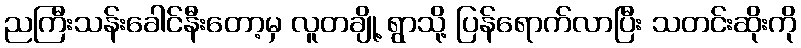
ညကြီးသန်းခေါင်နီးတော့မှ လူတချို့ ရွာသို့ ပြန်ရောက်လာပြီး သတင်းဆိုးကို